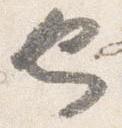
也